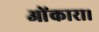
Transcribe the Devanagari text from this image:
ओंकारा।